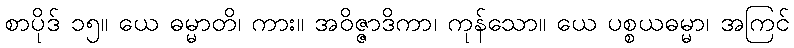
စာပိုဒ် ၁၅။ ယေ ဓမ္မာတိ၊ ကား။ အဝိဇ္ဇာဒိကာ၊ ကုန်သော။ ယေ ပစ္စယဓမ္မာ၊ အကြင်